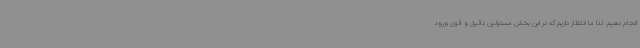
انجام دهیم. لذا ما انتظار داریم که در این بخش مسئولین دقیق و قوی ورود